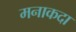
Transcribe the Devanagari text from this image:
मनाकदा